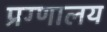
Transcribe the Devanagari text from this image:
प्रग्णालय